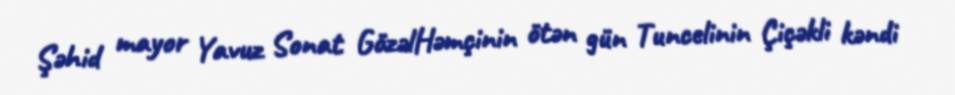
Şəhid mayor Yavuz Sonat GözəlHəmçinin ötən gün Tuncelinin Çiçəkli kəndi